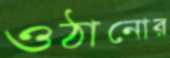
ওঠানোর